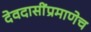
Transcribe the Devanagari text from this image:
देवदासींप्रमाणेच